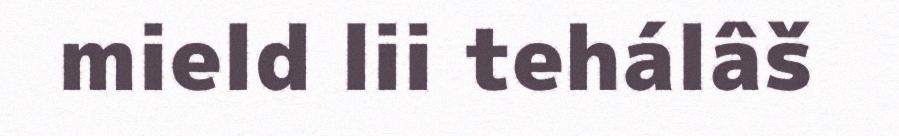
mield lii tehálâš